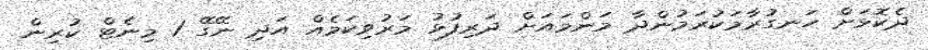
ދެކޮޅަށް ހަނގުރާމަކުރަމުންދާ މަންމައަށް ދަރިފުޅު މަރުވިކަމެއް އަދި ނޭގޭ 1 މިނެޓް ކުރިން